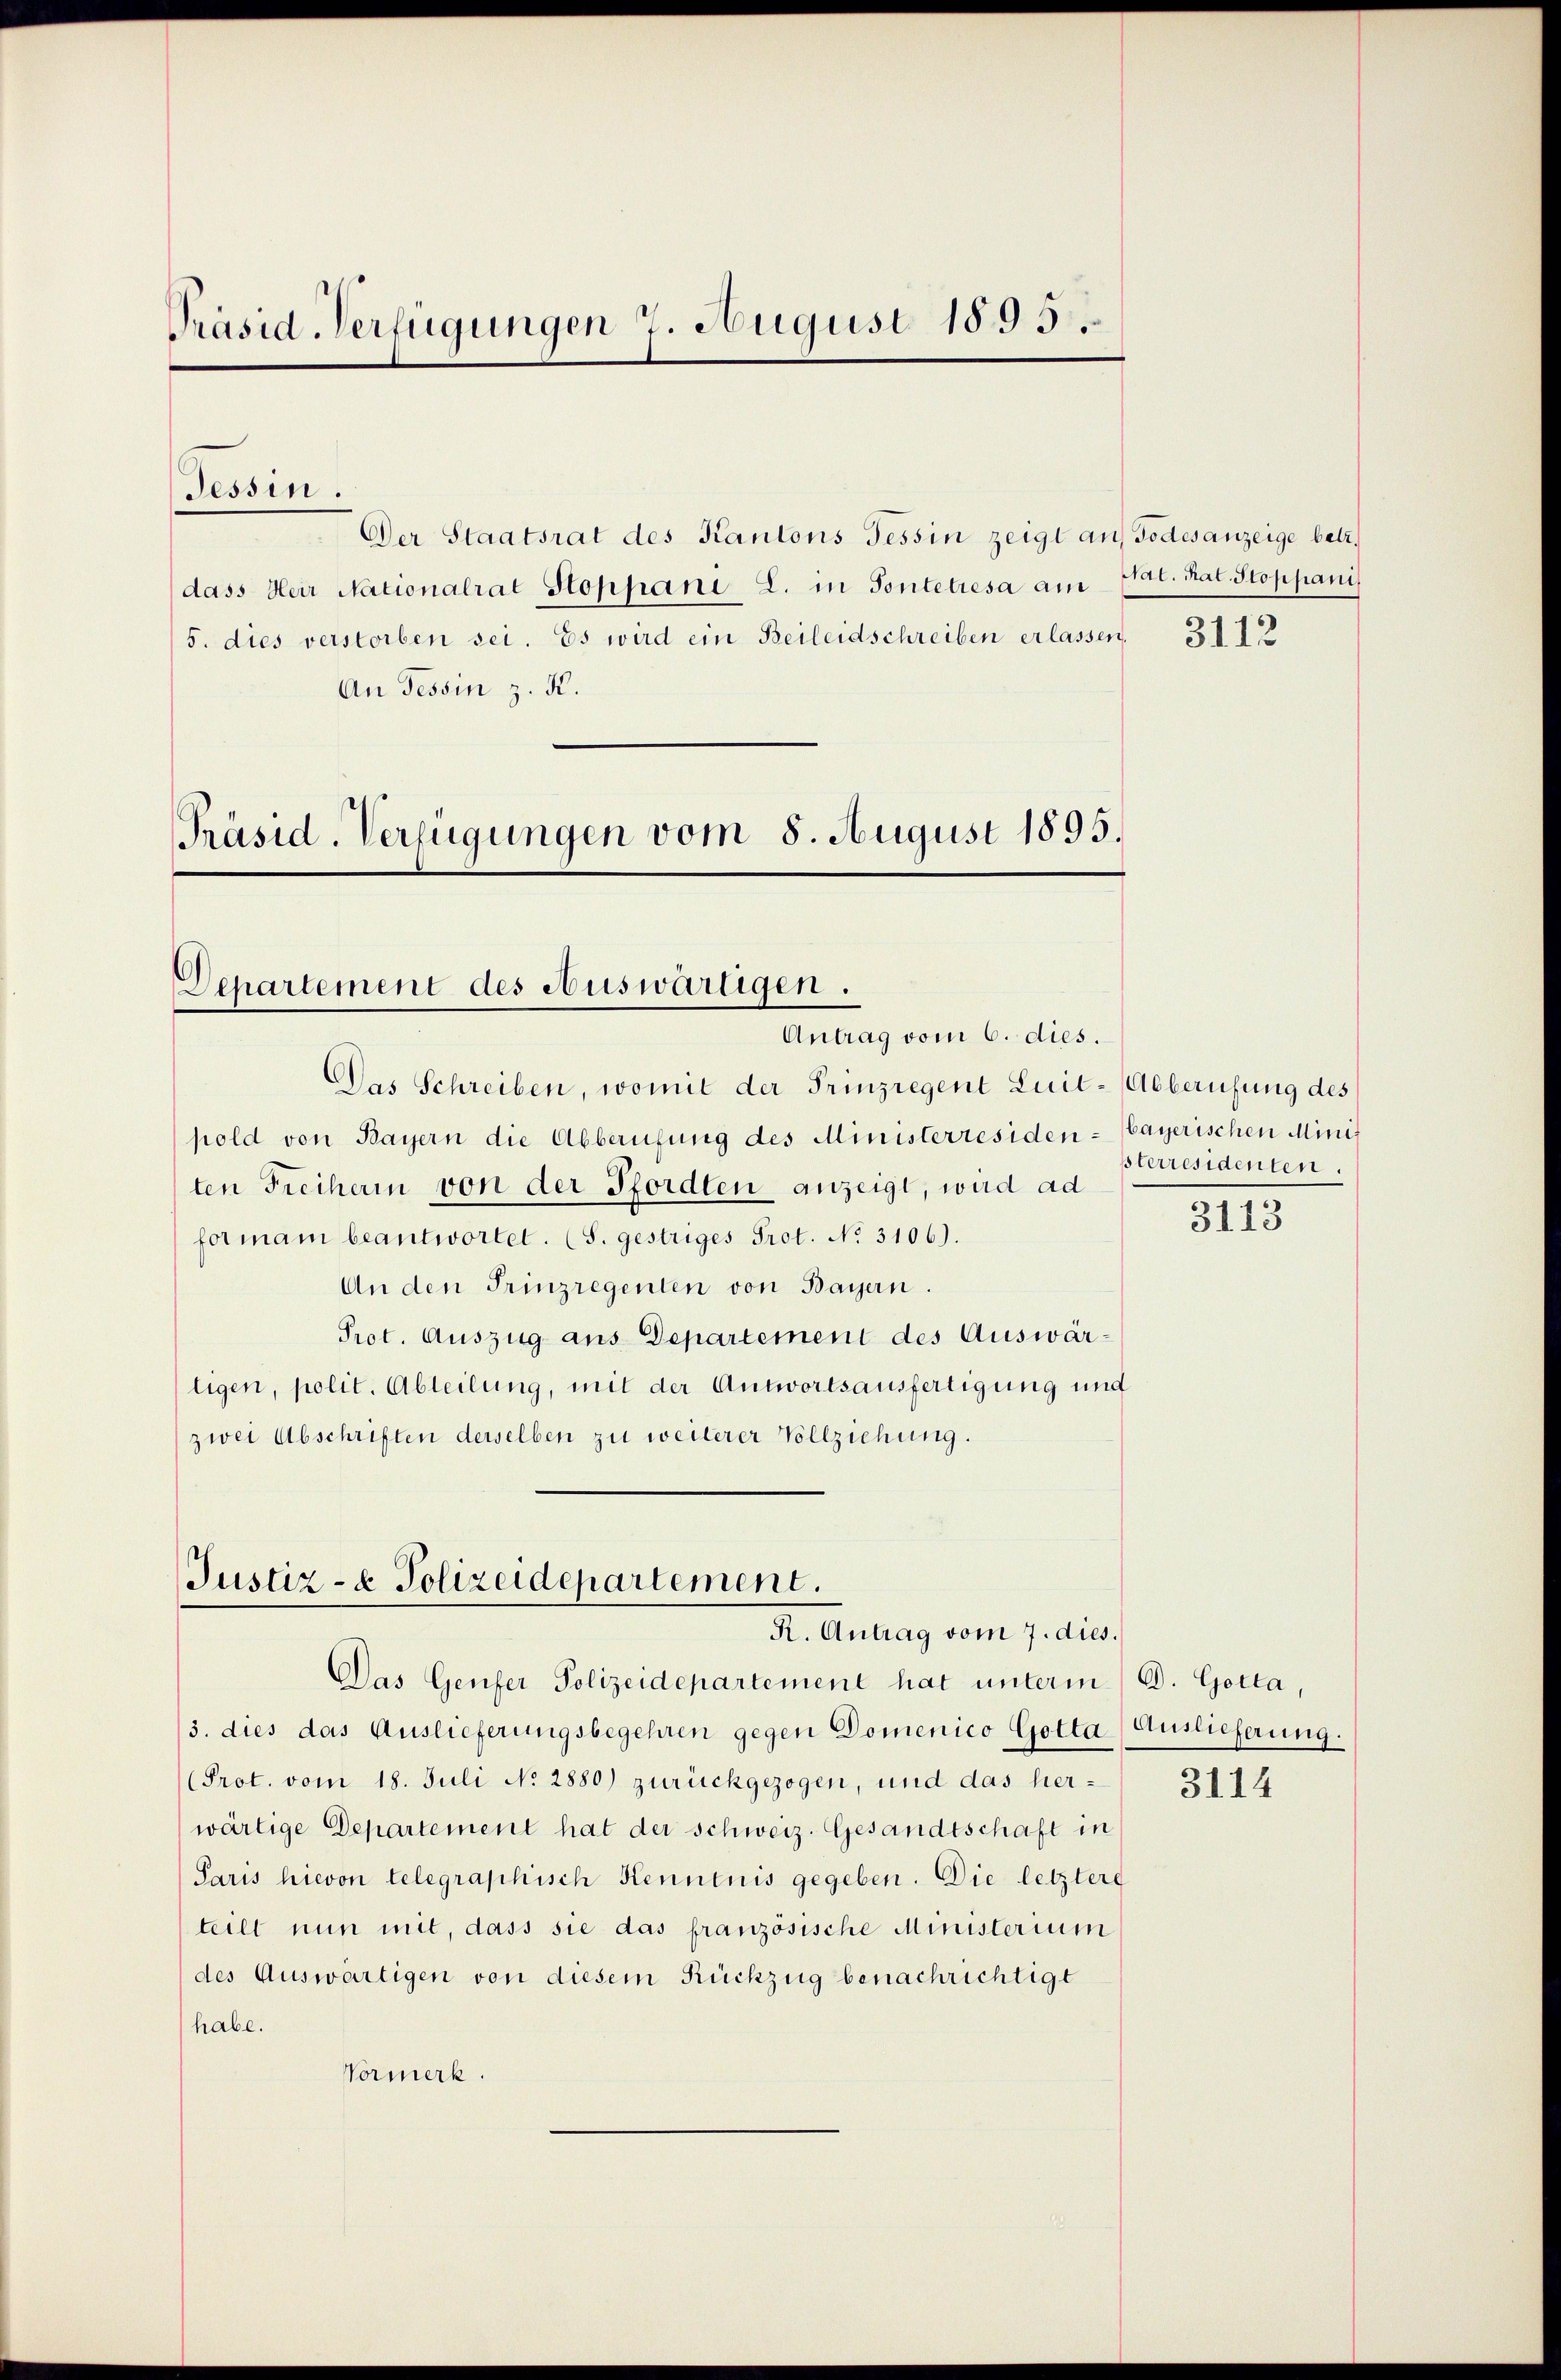
Präsid. Verfügungen 7. August 1895.

Der Staatsrat des Kantons Tessin zeigt an Todesanzeige betr.
dass Herr Nationalrat Stoppani L. in Pontetresa am Stat. Nat. Stoppani
5. dies verstorben sei. Es wird ein Beileidschreiben erlassen.
An Tessin z. K.
Präsid. Verfügungen vom 8. August 1895.

Tessin.

Departement des Auswärtigen.
Antrag vom 6. dies.

Das Schreiben, womit der Prinzregent Luit-Abberufung des
pold von Bayern die Abberufung des Ministerresiden-bayerischen Minis
ten Freiherin von der Pforden anzeigt, wird ad
formani beantwortet. (S. gestriges Prot. No 3106).
An den Trinzregenten von Bayern.
Prot. Auszug aus Departement des Auswärligen, polit. Abteilung, mit der Antwortsausfertigung und
zwei Abschriften derselben zu weiterer Vollziehung.

Justiz- & Polizeidepartement.
R. Antrag vom 7. dies.

Das Genfer Polizeidepartement hat unterm D. Gotta,
3. dies das Auslieferungsbegehren gegen Domenico Gotta Auslieferung.
Prot. vom 18. Juli No 2880) zurückgezogen, und das herwärtige Departement hat der schweiz. Gesandtschaft in
Paris hievon telegraphisch Kenntnis gegeben. Die letztere
teilt nun mit, dass sie das französische Ministerium
des Auswärtigen von diesem Rückzug benachrichtigt
habe.
Vormerk.

3112

sterresidenten.

3113

3114